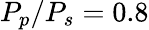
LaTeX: P_{p}/P_{s}=0.8